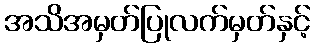
အသိအမှတ်ပြုလက်မှတ်နှင့်